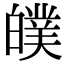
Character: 𤾣